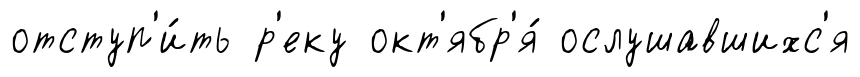
отступ'и́ть р'еку окт'ябр'я́ ослушавшихс'я